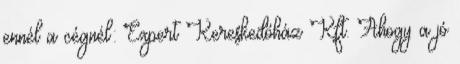
ennél a cégnél: Expert Kereskedőház Kft. Ahogy a jó